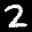
Label: 2